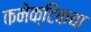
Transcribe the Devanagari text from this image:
कनेक्टिकचा